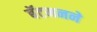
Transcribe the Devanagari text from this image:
बॅटमनने